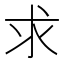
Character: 求